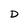
Character: D